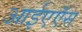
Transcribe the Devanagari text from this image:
आईएऍस